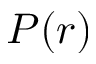
P ( r )